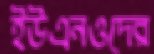
ইউএনওদের